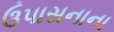
ઉપાસનાના